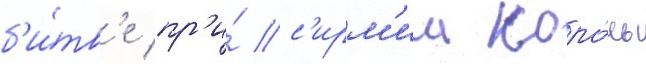
б'и́тв'е пр'и́ с'ирм'ии коро́ль